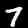
Label: 7